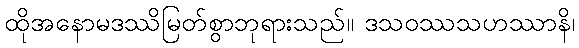
ထိုအနောမဒဿိမြတ်စွာဘုရားသည်။ ဒသဝဿသဟဿာနိ၊